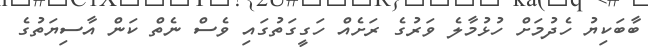
ބާބަކިޔު ހެދުމަށް ހުޅުމާލެ ވަރުގެ ރަށެއް ހަގީގަތުގައި ވެސް ނެތް ކަން އާސިޔަތުގެ